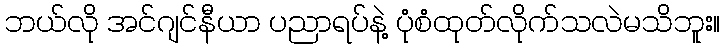
ဘယ်လို အင်ဂျင်နီယာ ပညာရပ်နဲ့ ပုံစံထုတ်လိုက်သလဲမသိဘူး။